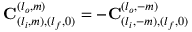
\mathbf { C } _ { ( l _ { i } , m ) , ( l _ { f } , 0 ) } ^ { ( l _ { o } , m ) } = - \mathbf { C } _ { ( l _ { i } , - m ) , ( l _ { f } , 0 ) } ^ { ( l _ { o } , - m ) }